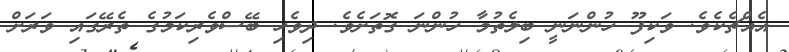
އެއްޗެކެވެ. ވަކިފޫ ހުންނަނީ ބިލެތުމާ ހުންނަ ގޮތަށެވެ. ދިވެހި ބޭސްވެރިކަމުގެ ތެރޭގައި ވަރަށް